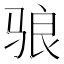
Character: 𬴀